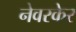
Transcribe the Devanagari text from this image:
नेवरकेर